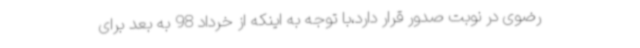
رضوی در نوبت صدور قرار دارد،با توجه به اینکه از خرداد 98 به بعد برای